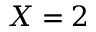
X = 2